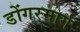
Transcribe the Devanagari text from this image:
डोंगरमार्ग